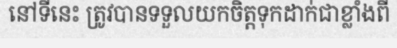
នៅទីនេះ ត្រូវបានទទួលយកចិត្តទុកដាក់ជាខ្លាំងពី